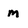
Character: M